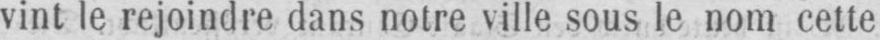
vint le rejoindre dans notre ville sous le nom cette